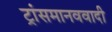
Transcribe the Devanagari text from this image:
ट्रांसमानववादी